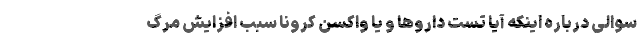
سوالی درباره اینکه آیا تست داروها و یا واکسن کرونا سبب افزایش مرگ